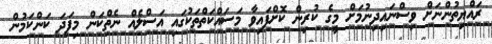
ރައްޔިތުންނަށް ވިސްނައިދިނުމަށް މީގެ ކުރިން ކޮށްފައިވާ މަސައްކަތްތަކުގައި އަސްލެއް ނެތްކަން މިފަދަ ކަންކަމުން